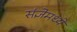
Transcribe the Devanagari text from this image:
संज्ञेमध्ये